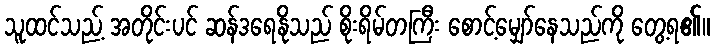
သူထင်သည့် အတိုင်းပင် ဆန်ဒရေနိုသည် စိုးရိမ်တကြီး စောင့်မျှော်နေသည်ကို တွေ့ရ၏။